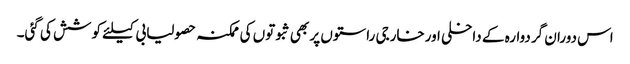
اس دوران گردوارہ کے داخلی اورخارجی راستوں پر بھی ثبوتوں کی ممکنہ حصولیابی کیلئے کوشش کی گئی۔